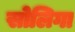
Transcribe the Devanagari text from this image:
सोलिगा